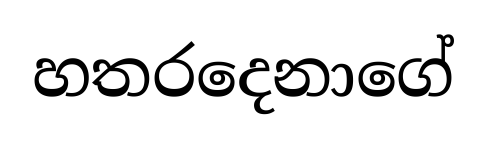
හතරදෙනාගේ